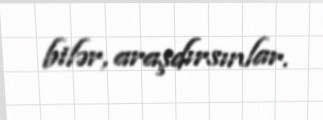
bilər, araşdırsınlar.